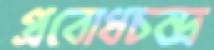
প্রবোধচন্দ্র